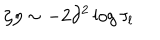
\zeta \eta \sim - 2 \partial ^ { 2 } \log \tau _ { l }